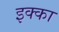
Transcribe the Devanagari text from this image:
इक्‍का